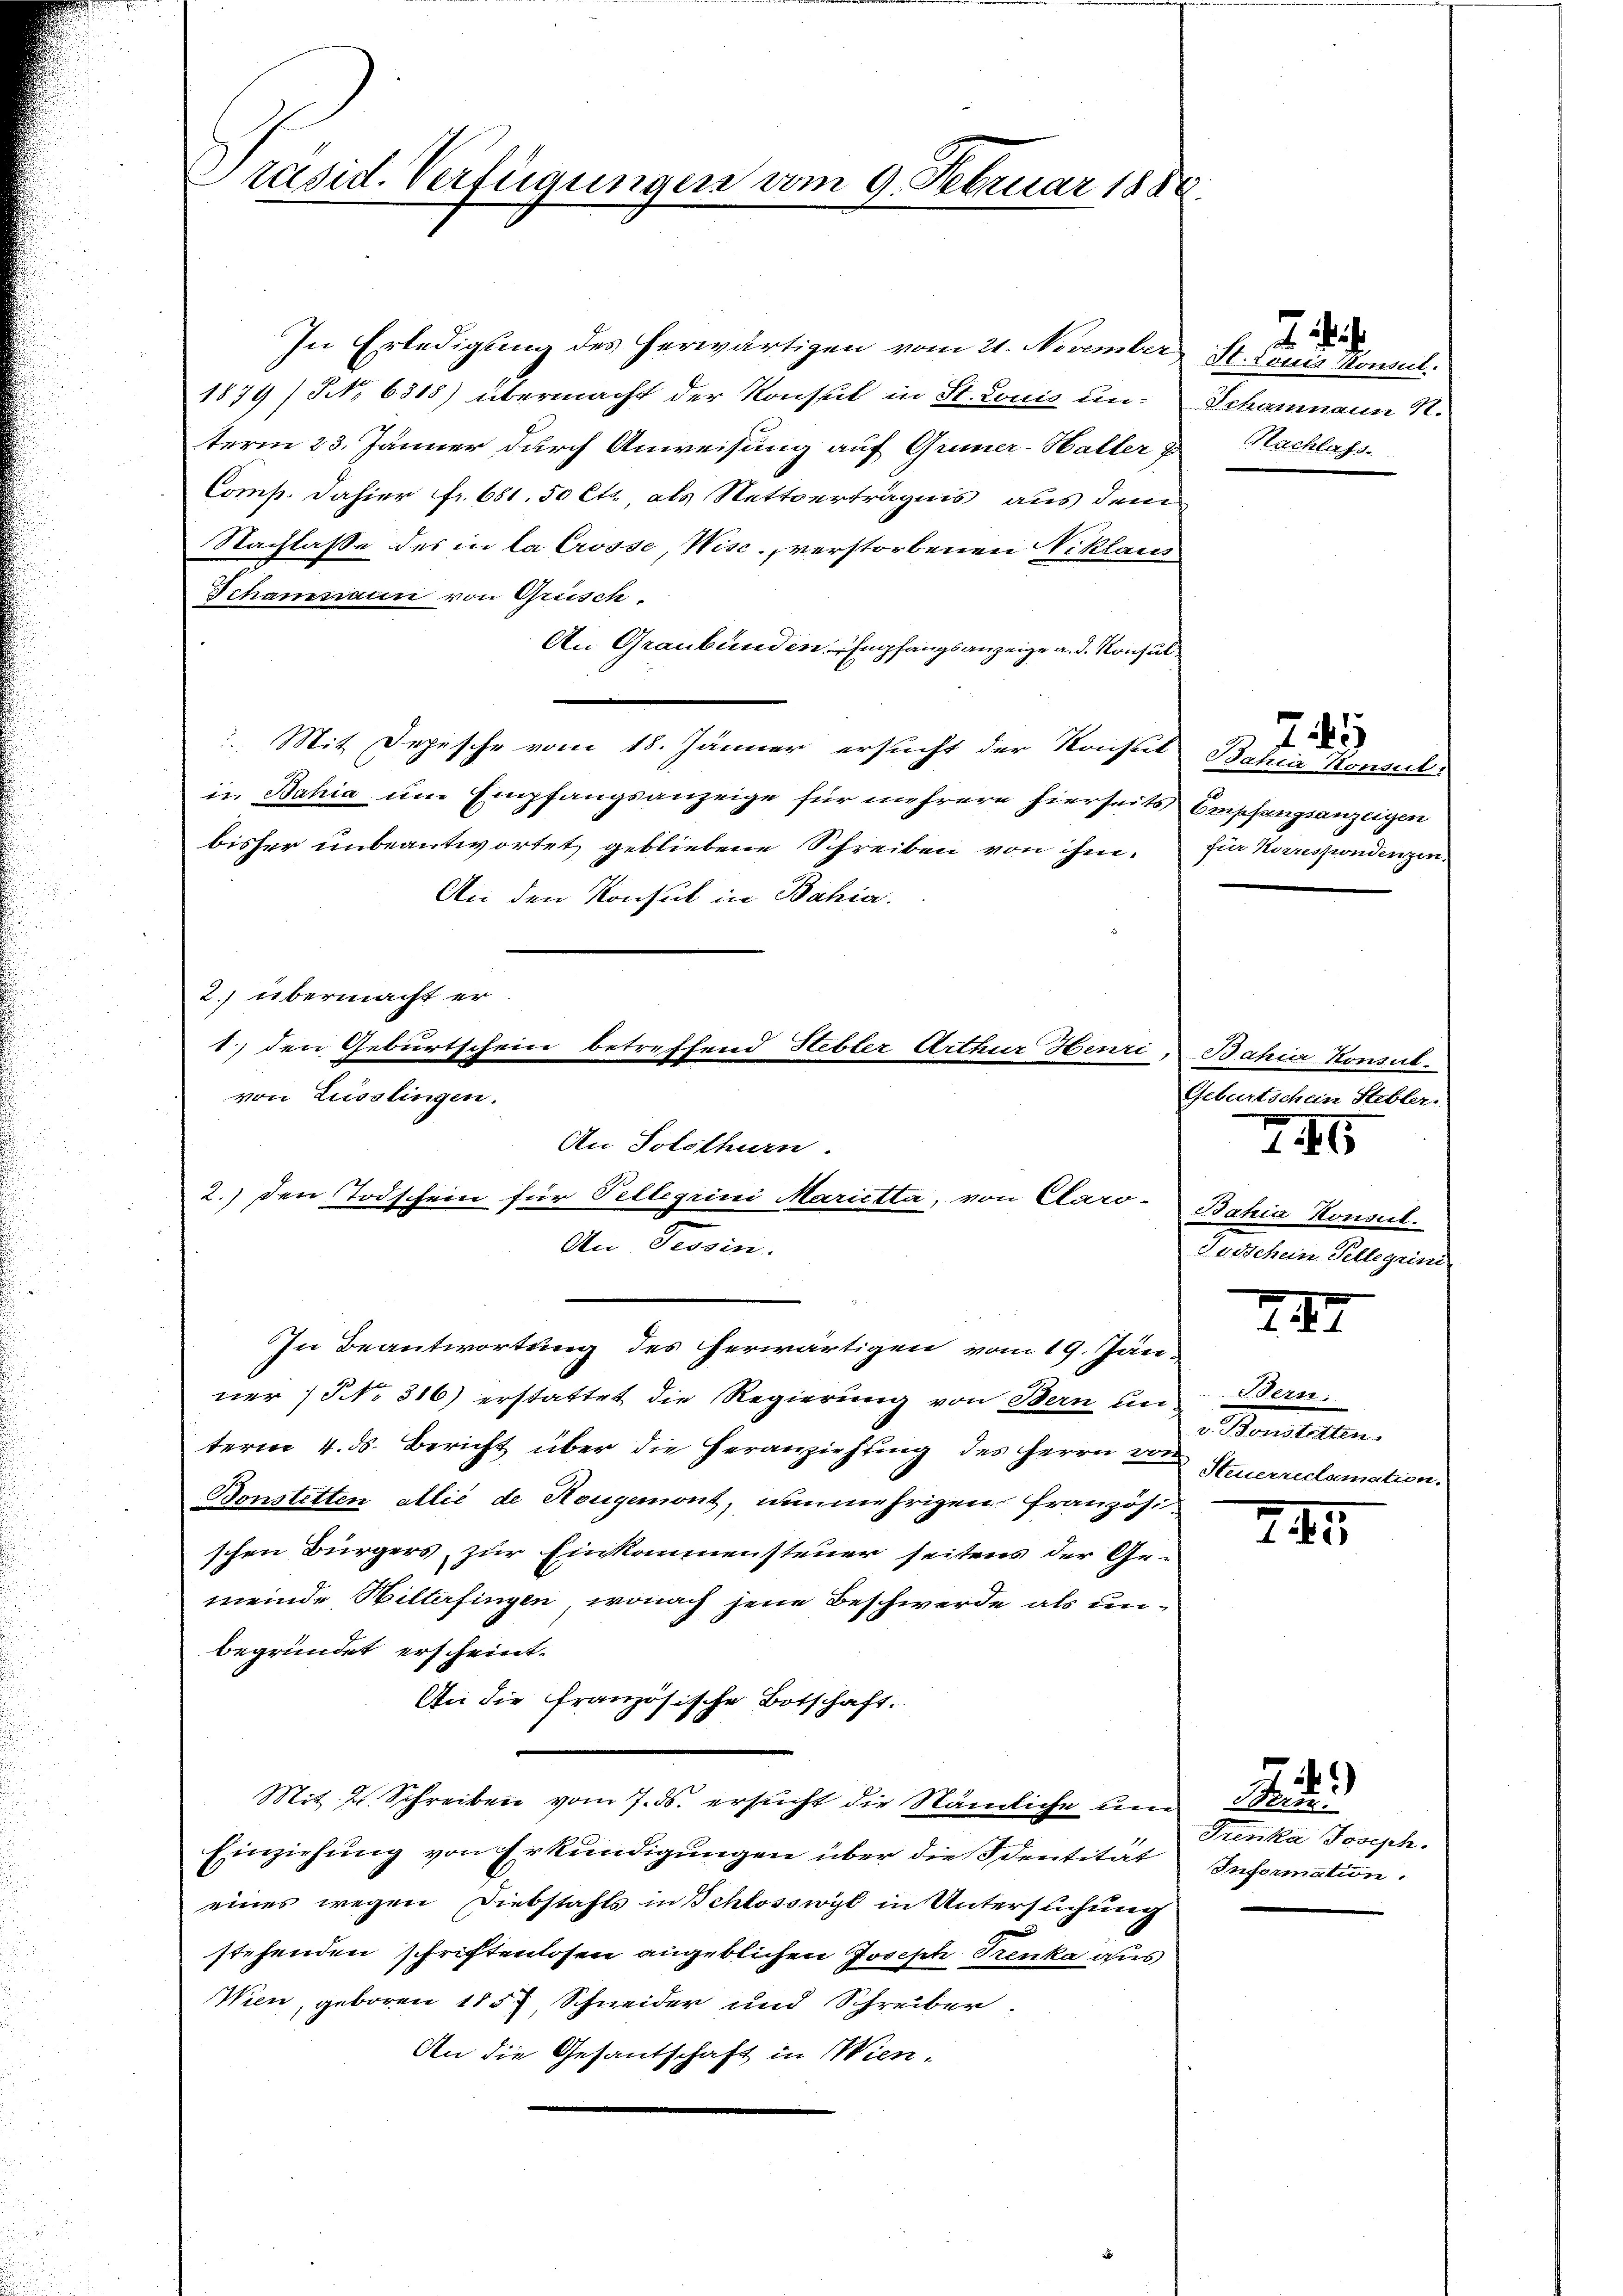
Präsid. Verfügungen vom 9. Februar 188

In Erledigung des herwärtigen vom 21. November St. Louis Konsul
1879/ NNo. 6318) übermacht der Konsul in St. Louis un- Schaumann R.
term 23. Jänner durch Anweisung auf Gümer-Haller & Nachlass
Comp. dahier fr. 681. 50 Cts, als Nettverträgnis aus dem
Nachlasse des in la Crosse, Wisc. verstorbenen Niklaus
Schammann von Grüsch
An Graubünden Empfangsanzeige a. d. Konsul
. Mit Depesche vom 18. Jänner ersucht der Konsul Bahia Konsert
in Bahia um Empfangsanzeige für mehrere hierseits Empfangsanzeigen
bisher unbeantwortet gebliebene Schreiben von ihm für Korrespondenzen
An den Konsul in Bahia.
2.) übermacht er.
1) den Geburtschein betreffend Hebler Arthur Henzi,
von Züsslingen.
An Solothurn.
2.) den Todschein für Pellegiini Marietta, von Clari-Bahia Konseil.

An Tessin.

In Beantwortung des herwärtigen vom 19. Jän
ner No. 316) erstattet die Regierung von Bern un-
term 4. ds. Bericht über die Heranziehung des Herrn von Steuerreclamation.
Bonstetten allié de Hougemont, nunmehrigen französischen Bürgers, zur Einkommensteuer seitens der Ge-
meinde Wilterfingen, wonach jene Beschwerde als unbegründet erscheint.
An die französische Botschaft.
Mit. 2. Schreiben vom 7. ds. ersŭcht die Nämliche und Bern.
Einziehung von Erkundigungen über die Identität
eines wegen Diebstahls in Schlosswyl in Untersuchung
stehenden schriftenlosen angeblichen Joseph Trenka aus
Wien, geboren 1857 Schneider und Schreiber.
An die Gesantschaft in Wien-

2.

245

Z. 45

Bahur Konsul
Geburtschein Stebler.

Jusschein Tellegrini

III

Bern.
Manstellen.

24

.

Trenka Joseph.
Information.